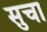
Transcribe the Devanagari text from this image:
सुचा